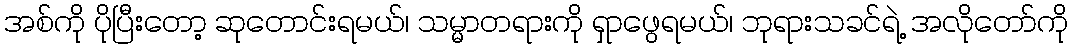
အစ်ကို ပိုပြီးတော့ ဆုတောင်းရမယ်၊ သမ္မာတရားကို ရှာဖွေရမယ်၊ ဘုရားသခင်ရဲ့ အလိုတော်ကို